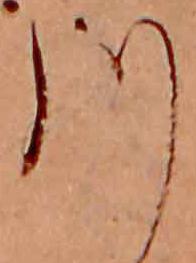
川